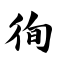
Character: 徇